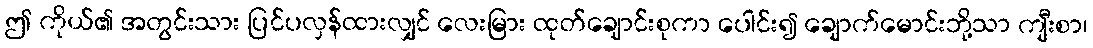
ဤ ကိုယ်၏ အတွင်းသား ပြင်ပလှန်ထားလျှင် လေးမြား ထုတ်ချောင်းစုကာ ပေါင်း၍ ချောက်မောင်းဘို့သာ ကျီးစာ၊